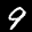
Label: 9